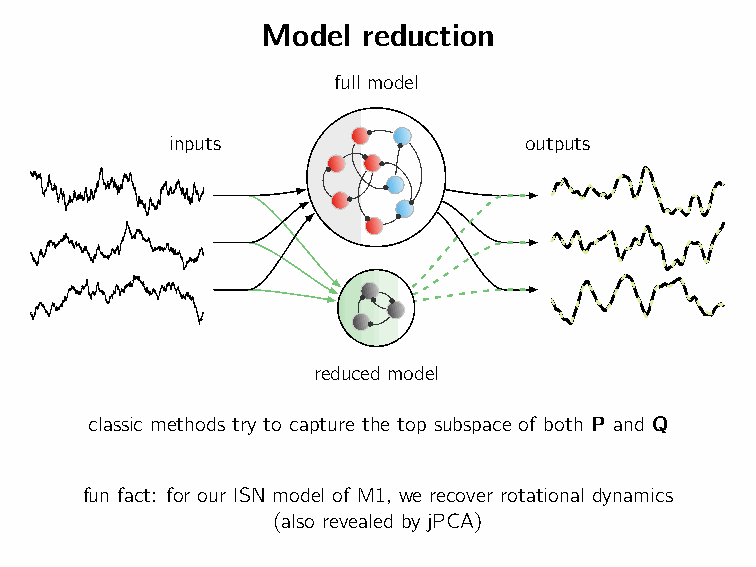
Model  reduction
 full model
 inputs                  outputs
 reduced model
 classic methods try to capture the top subspace of both P and Q
 fun fact: for our ISN model of M1, we recover rotational dynamics
 (also revealed by jPCA)